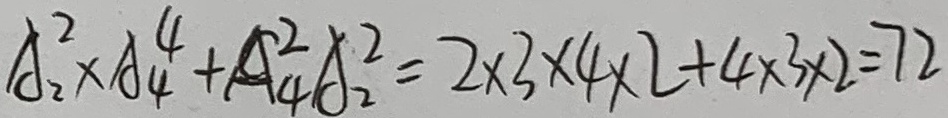
A _ { 2 } ^ { 2 } A _ { 4 } ^ { 4 } + C _ { 4 } ^ { 2 } A _ { 2 } ^ { 2 } = 2 \times 3 \times 4 \times 2 + 4 \times 3 \times 2 = 7 2